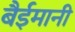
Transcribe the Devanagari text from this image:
बैईमानी